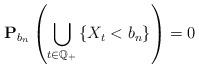
LaTeX: \begin{align*}\mathbf{P}_{b_n}\left(\bigcup_{t\in \mathbb{Q}_+}\left\{X_t<b_n \right\} \right)=0\end{align*}